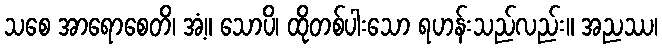
သစေ အာရောစေတိ၊ အံ့။ သောပိ၊ ထိုတစ်ပါးသော ရဟန်းသည်လည်း။ အညဿ၊